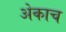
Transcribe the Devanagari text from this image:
अेकाच